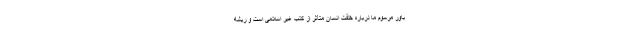
باور مرسوم ما درباره خلقت انسان متأثر از کتب غیر اسلامی است و ریشه